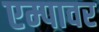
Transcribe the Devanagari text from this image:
एम्पावर